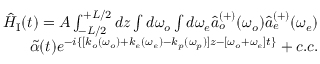
\begin{array} { r } { \hat { H } _ { \mathrm { I } } ( t ) = A \int _ { - L / 2 } ^ { + L / 2 } d z \int d \omega _ { o } \int d \omega _ { e } \hat { a } _ { o } ^ { ( + ) } ( \omega _ { o } ) \hat { a } _ { e } ^ { ( + ) } ( \omega _ { e } ) } \\ { \tilde { \alpha } ( t ) e ^ { - i \{ [ k _ { o } ( \omega _ { o } ) + k _ { e } ( \omega _ { e } ) - k _ { p } ( \omega _ { p } ) ] z - [ \omega _ { o } + \omega _ { e } ] t \} } + c . c . } \end{array}